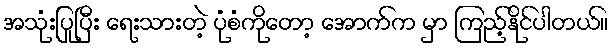
အသုံးပြုပြီး ရေးသားတဲ့ ပုံစံကိုတော့ အောက်က မှာ ကြည့်နိုင်ပါတယ်။